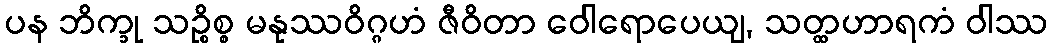
ပန ဘိက္ခု သဉ္စိစ္စ မနုဿဝိဂ္ဂဟံ ဇီဝိတာ ဝေါရောပေယျ, သတ္ထဟာရကံ ဝါဿ